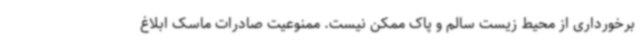
برخورداری از محیط زیست سالم و پاک ممکن نیست. ممنوعیت صادرات ماسک ابلاغ